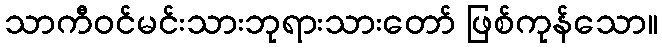
သာကီဝင်မင်းသားဘုရားသားတော် ဖြစ်ကုန်သော။